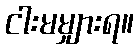
ငါးမမျှားရ။